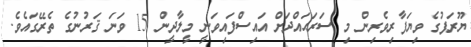
ޔޫރަޕުގެ ވިޔަފާރިވެރިން މި ސަރަޙައްދަށް އައިސްފައިވަނީ މީލާދީން 15 ވަނަ ޤަރުނުގެ ތެރޭގައެވެ.